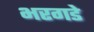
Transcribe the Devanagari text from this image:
भरगडे